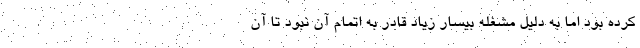
کرده بود اما به دلیل مشغله بیسار زیاد قادر به اتمام آن نبود تا آن